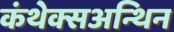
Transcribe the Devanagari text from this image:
कंथेक्सअन्थिन